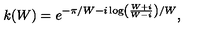
k ( W ) = e ^ { - \pi / W - i \log \left( \frac { W + i } { W - i } \right) / W } ,